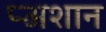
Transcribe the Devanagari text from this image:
प्र्‍अशान